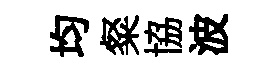
均粲協波